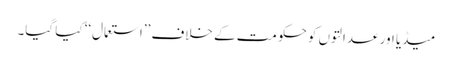
میڈیا اور عدالتوں کو حکومت کے خلاف ’’استعمال‘‘ کیا گیا۔